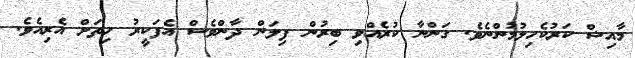
މާއިޝް ކަރުކެހިލުމުންނެވެ. ގަންނާ ކުރެއްވި ބިރުން ފިލަން ދާންވެސް އެފަކީރު ހިތަށް އެރިއެވެ.